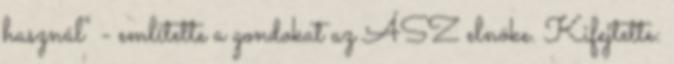
használ" - említette a gondokat az ÁSZ elnöke. Kifejtette: